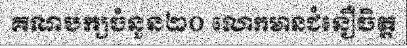
គណបក្សចំនួន២០ លោកមានជំនឿចិត្ត